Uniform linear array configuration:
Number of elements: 48
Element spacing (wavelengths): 0.25
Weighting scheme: hann
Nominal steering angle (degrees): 30
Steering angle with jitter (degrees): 30.311
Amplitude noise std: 0.05
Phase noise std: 0.05

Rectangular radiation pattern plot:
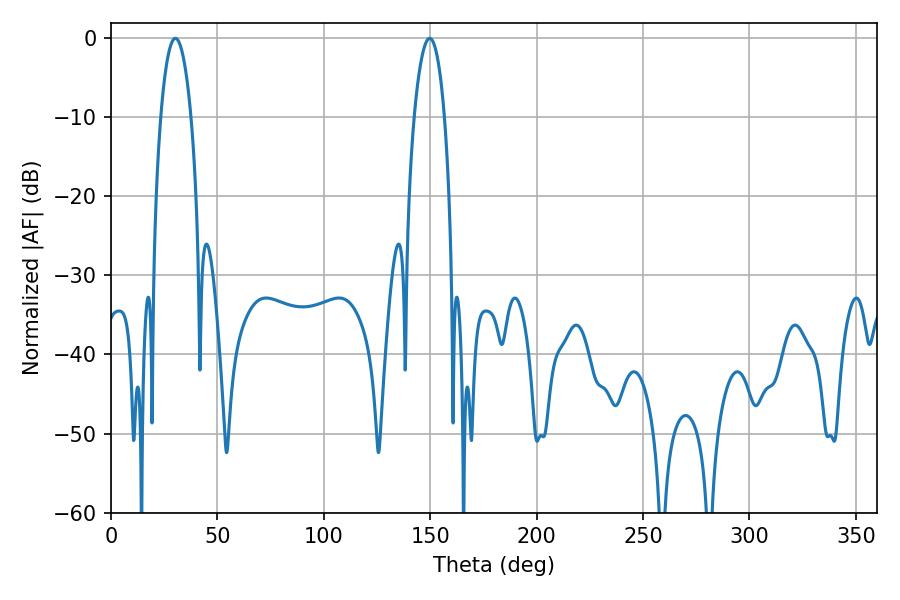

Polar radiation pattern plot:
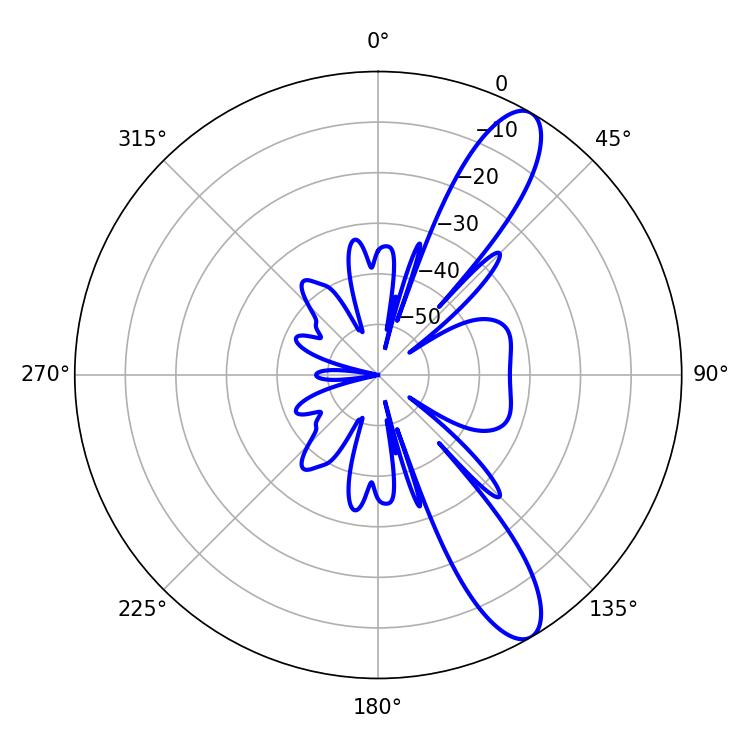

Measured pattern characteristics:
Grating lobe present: FALSE
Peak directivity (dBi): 11.25
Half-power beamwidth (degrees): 8.1
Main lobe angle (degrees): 30.24